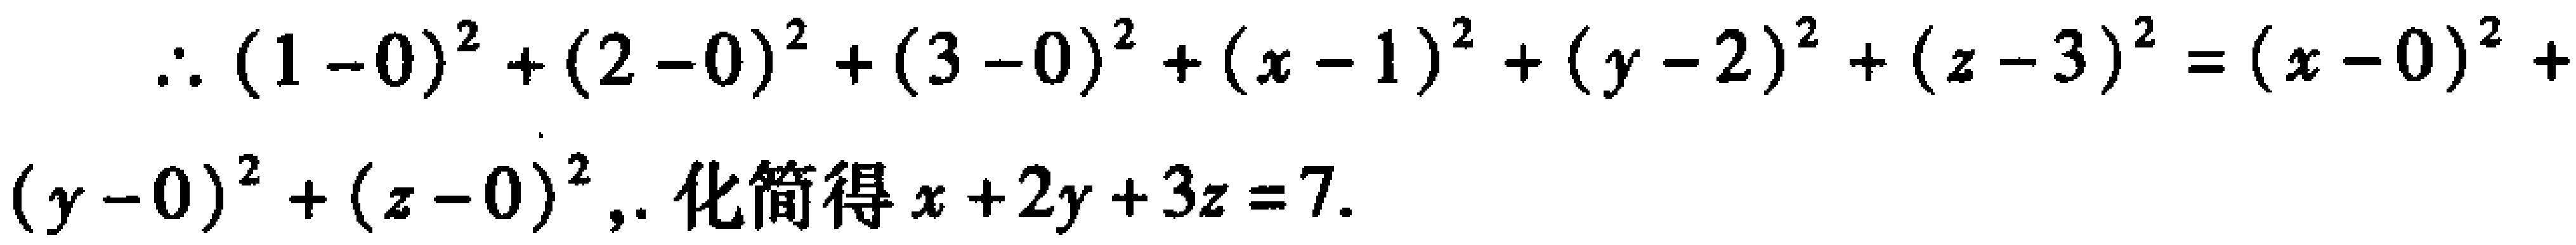
\(\therefore (1 - 0)^2 + (2 - 0)^2 + (3 - 0)^2 + (x - 1)^2 + (y - 2)^2 + (z - 3)^2 = (x - 0)^2 + (y - 0)^2 + (z - 0)^2,\). 化简得 \(x + 2y + 3z = 7\).